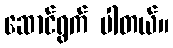
ဆောင်ရွက် ပါတယ်။